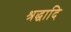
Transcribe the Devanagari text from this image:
श्रद्धादि